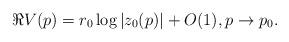
LaTeX: \begin{align*} \Re V(p) = r_0 \log |z_0(p)| + O(1), p \to p_0.\end{align*}